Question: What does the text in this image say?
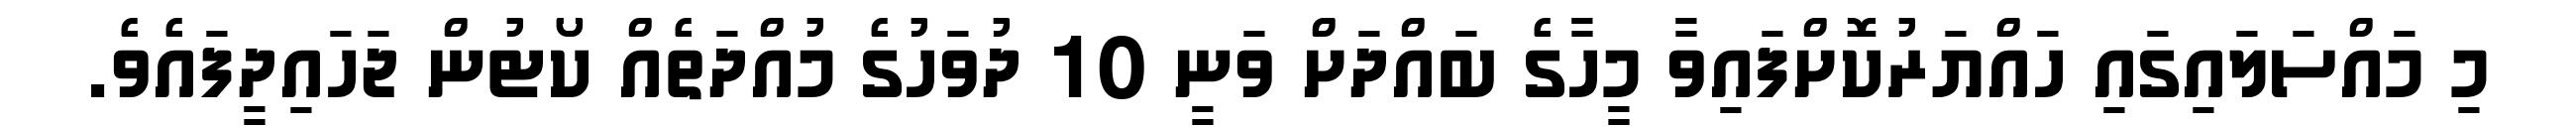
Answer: މި މައްސަލައިގައި ހައްޔަރުކޮށްފައިވާ މީހާގެ ބައްދަށް ވަނީ 10 ދުވަހުގެ މުއްދަތެއް ކޯޓުން ޖަހައިދީފައެވެ.